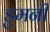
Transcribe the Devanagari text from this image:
डुमनी